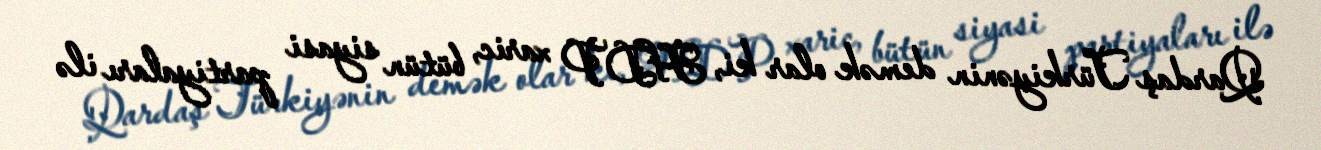
Qardaş Türkiyənin demək olar ki, HDP xaric, bütün siyasi partiyaları ilə